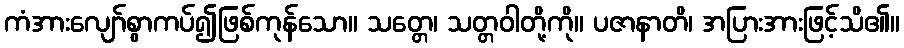
ကံအားလျော်စွာကပ်၍ဖြစ်ကုန်သော။ သတ္တေ၊ သတ္တဝါတို့ကို။ ပဇာနာတိ၊ အပြားအားဖြင့်သိ၏။